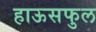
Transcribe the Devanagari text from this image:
हाऊसफुल